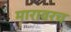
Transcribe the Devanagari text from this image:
मारावरच